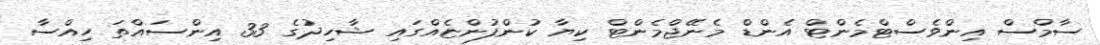
ސާމްސް އިންވެސްޓްމެންޓް އެންޑް މެނޭޖްމެންޓް ކިޔާ ކުންފުންޏެއްގައި ޝާހިދުގެ 33 އިންސައްތަ ހިއްސާ